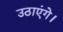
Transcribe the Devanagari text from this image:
उठाएंगे।